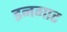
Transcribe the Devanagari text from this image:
इनगाट